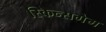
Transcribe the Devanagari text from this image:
स्किन्सगेम